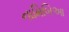
નામિબિઆ